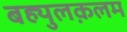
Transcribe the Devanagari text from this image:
बह्युलक़लम